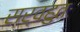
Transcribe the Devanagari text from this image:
सर्वहुतः